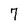
Character: 7